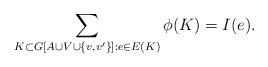
LaTeX: \begin{align*}\sum_{K\subset G[A\cup V\cup \{v,v'\}]:e\in E(K)}\phi(K)=I(e).\end{align*}